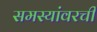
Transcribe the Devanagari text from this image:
समस्यांवरची